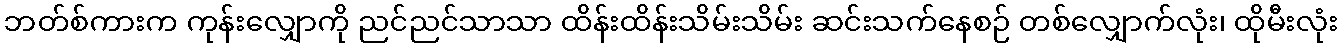
ဘတ်စ်ကားက ကုန်းလျှောကို ညင်ညင်သာသာ ထိန်းထိန်းသိမ်းသိမ်း ဆင်းသက်နေစဉ် တစ်လျှောက်လုံး၊ ထိုမီးလုံး